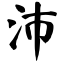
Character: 沛